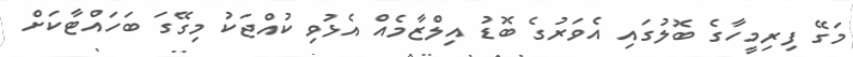
މަގޭ ފިރިމީހާގެ ބޮލުގައި އެވަރުގެ ބޮޑު އިލްޒާމެއް އެޅުވި ކުއްޖަކު މިގޭގަ ބަހައްޓާކަށް